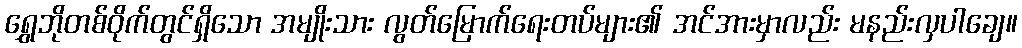
ရွှေဘိုတစ်ဝိုက်တွင်ရှိသော အမျိုးသား လွတ်မြောက်ရေးတပ်များ၏ အင်အားမှာလည်း မနည်းလှပါချေ။